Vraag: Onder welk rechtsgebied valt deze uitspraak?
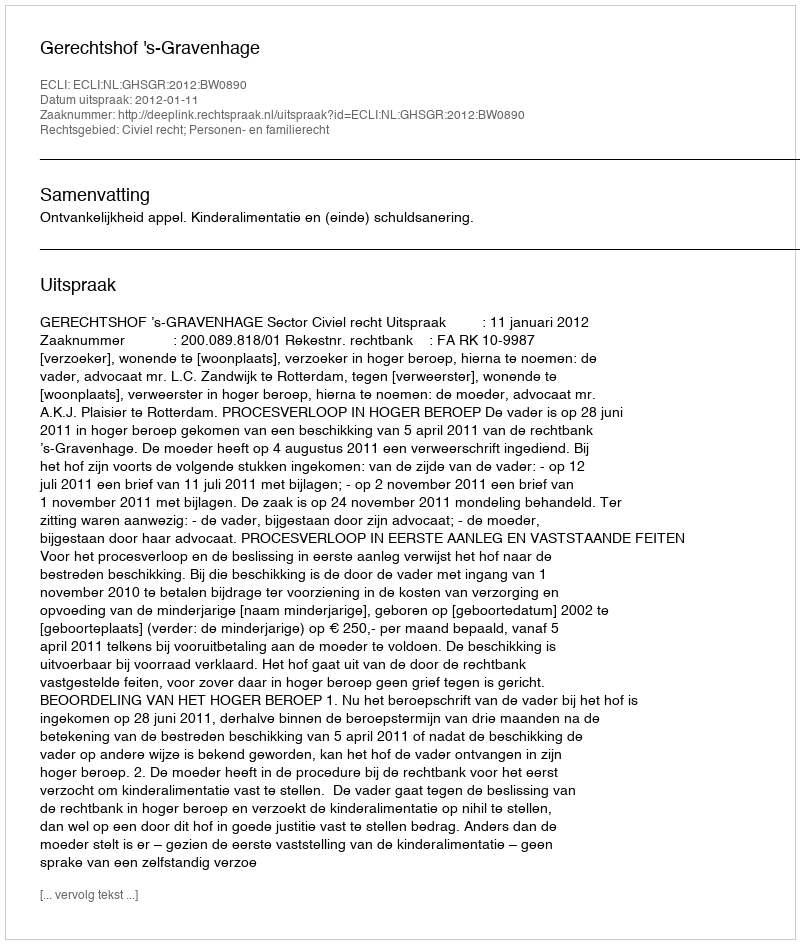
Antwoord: Civiel recht; Personen- en familierecht